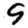
Digit: 9